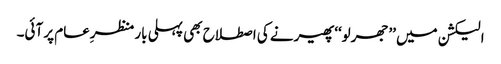
الیکشن میں ’’جھرلو‘‘ پھیرنے کی اصطلاح بھی پہلی بار منظرِعام پر آئی۔